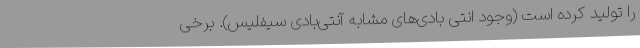
را تولید کرده است (وجود انتی بادی‌های مشابه آنتی‌بادی سیفلیس). برخی